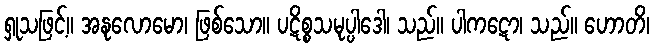
ရှုသဖြင့်။ အနုလောမော၊ ဖြစ်သော။ ပဋိစ္စသမုပ္ပါဒေါ၊ သည်။ ပါကဋော၊ သည်။ ဟောတိ၊